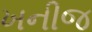
ખનીજ